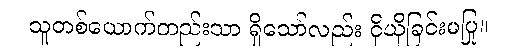
သူတစ်ယောက်တည်းသာ ရှိသော်လည်း ငိုယိုခြင်းမပြု။